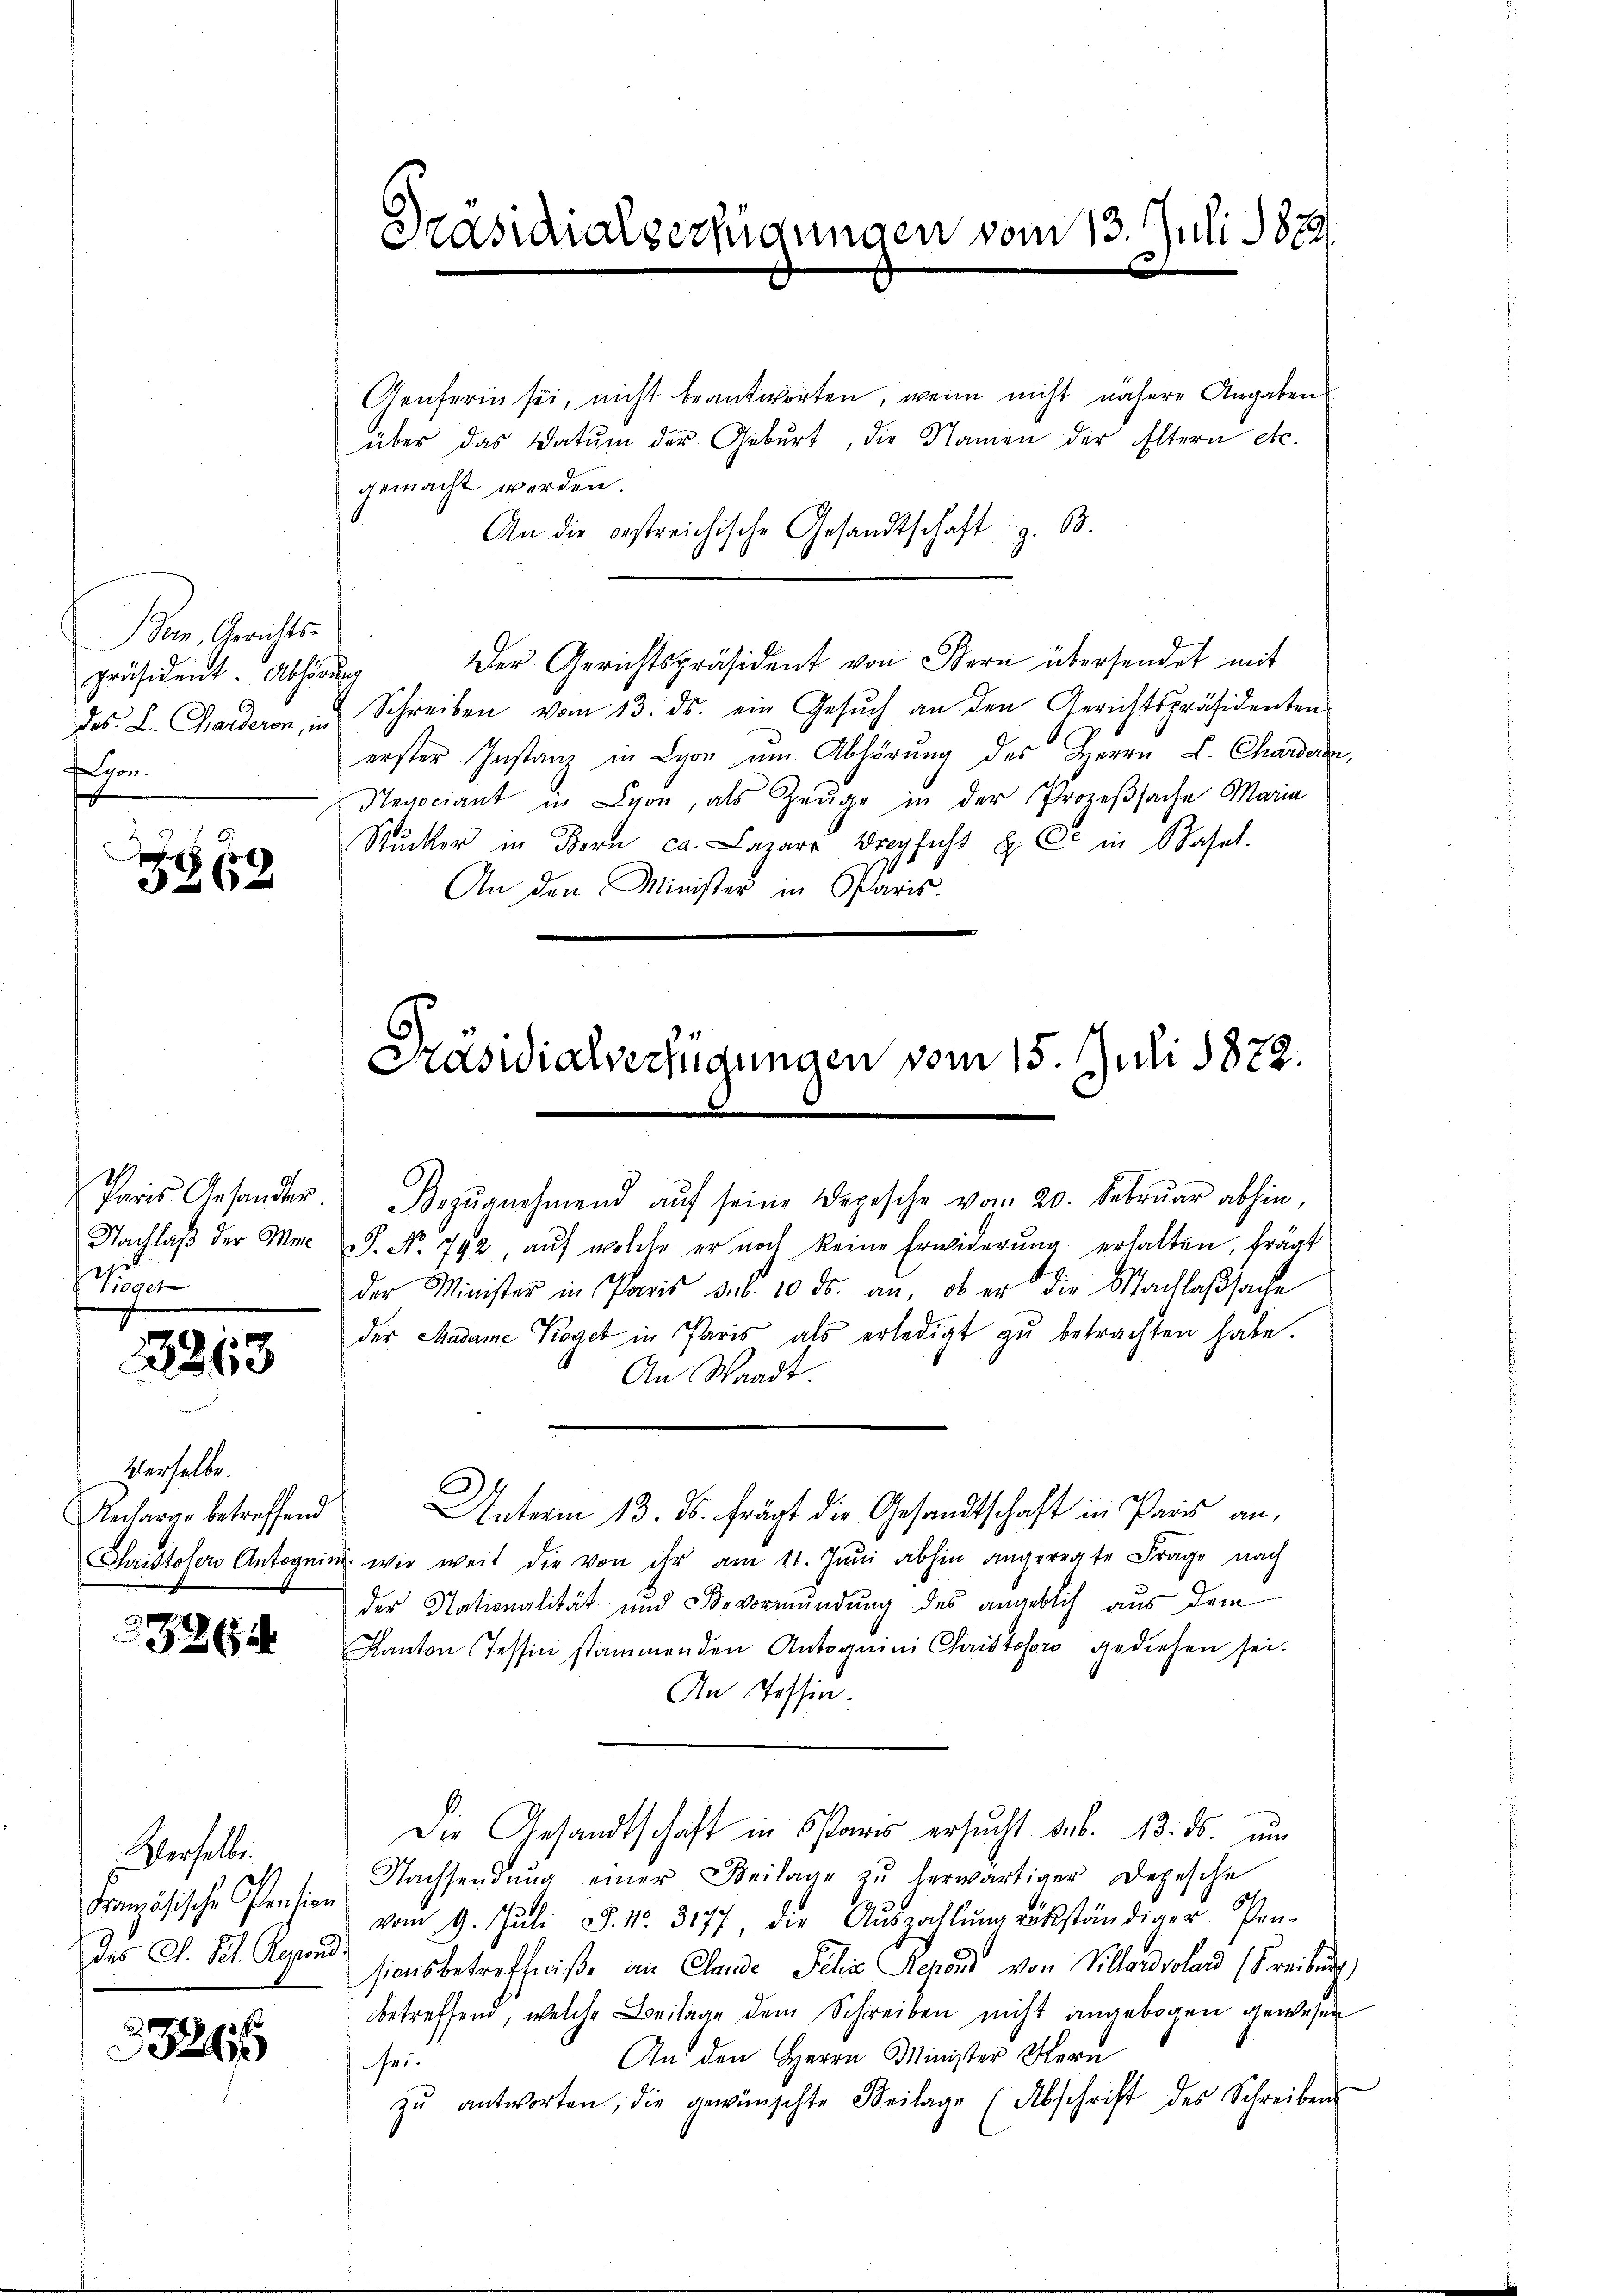
Dorn, Gerichts-
präsident. Abhörung
schen

G
Z 19

Nachlaß der Me¬
Wogen

2863

Verselbe.
Recharge betreffend

3265

Verselbe.
Französische Pension

33215

Präsidialverfügungen vom 13. Juli 1879

Genferin sei, nicht beantworten, wenn nicht nähere Angaben
über das Datum der Geburt, die Namen der Eltern etc.
gemacht werden.
An die bestreichische Gesandtschaft z. B.
Der Gerichtspräsident von Bern übersendet mit
des L. Carderon, in Schreiben vom 13. ds. ein Gesŭch an den Gerichtspräsidenten
erster Instanz in Lyon ŭm Abhörung des Herrn L. Chardern,
Negociant in Lyon, als Zeuge in der Prozeßsache Maria
Stucker in Bern ca. Lazare Dreyfach 8 C in Basel.
An den Minister in Paris.

Preis Gesander. Dezŭgnehmend aŭf seine Depesche vom 20. Febrŭar abhin,

S. Nr. 792, auf welche er noch keine Erwiderung erhalten, frägt
der Minister in Paris sub. 10. ds. an, ob er die Nachlaßsache
der Madame Kogel in Paris als erledigt zŭ betrachten habe.
An Waadt.
Unterm 13. ds. frägt die Gesandtschaft in Paris an,
Christofers Antognin, wie weit die von ihr am 11. Juni abhin angeregte Frage nach
der Nationalität und Bevormündung des angeblich aus dem
Kanton Tessin stammenden Antognini Christoloro gediehen sei.
An Tessin.
Die Gesandtschaft in Paris ersucht das. 13. ds. um
Nachsendung einer Beilage zu herwärtiger Depesche
vom 9. Juli S. 11. 3177 die Aŭszahlŭng rükständiger. Pen-
des C. St. Kostensionsbetreffniße an Clande Jahre Schad von Villandsoland (Freiburg,
betreffend, welche Beilage dem Schreiben nicht angebogen gewesen
An den Herrn Minister Hern
fer
zŭ antworten, die gewünschte Beilage (Abschrift des Schreibens

Präsidialverfügungen vom 15. Juli 1872.